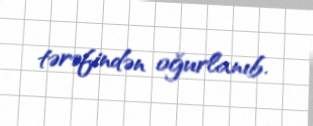
tərəfindən oğurlanıb.